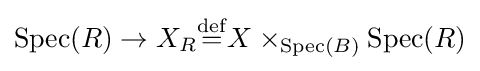
\operatorname {Spec} (R)\to X_{R}{\overset {\mathrm {def} }{=}}X\times _{\operatorname {Spec} (B)}\operatorname {Spec} (R)